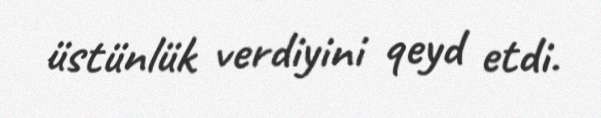
üstünlük verdiyini qeyd etdi.